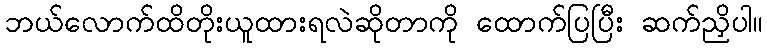
ဘယ်လောက်ထိတိုးယူထားရလဲဆိုတာကို ထောက်ပြပြီး ဆက်ညှိပါ။